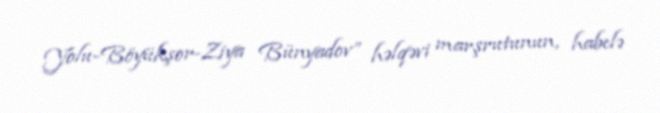
Yolu-Böyükşor-Ziya Bünyadov” həlqəvi marşrutunun, habelə